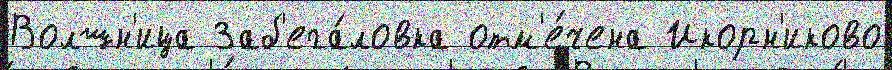
Волшн'ица Заб'ега́ловка отм'е́чена Икорн'иково